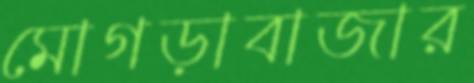
মোগড়াবাজার